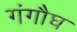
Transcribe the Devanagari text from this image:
गंगौघ